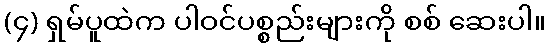
(၄) ရှမ်ပူထဲက ပါဝင်ပစ္စည်းများကို စစ် ဆေးပါ။